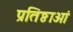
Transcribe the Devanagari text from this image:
प्रतिष्ठाओं